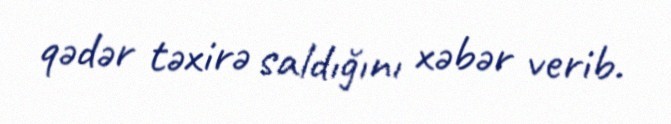
qədər təxirə saldığını xəbər verib.